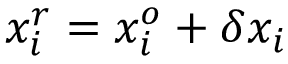
\boldsymbol { x _ { i } ^ { r } } = \boldsymbol { x _ { i } ^ { o } } + \boldsymbol { \delta x _ { i } }